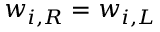
w _ { i , R } = w _ { i , L }